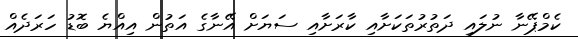
ކެމްޕޭނާ ނުލައި ދަތުރުތަކަށާއި ކާރަށާއި ސަޔަށް އޭނާގެ އަތުން އިއްޔެ ބޮޑު ހަރަދެއް